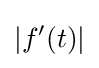
\left|f'(t)\right|